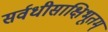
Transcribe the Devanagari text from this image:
सर्वधीसाक्षिभूतम्